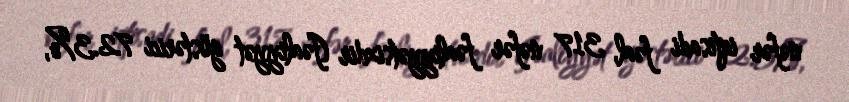
nəfər iqtisadi fəal, 317 nəfər fəaliyyətsizdir (fəaliyyət göstərici 72.3%,